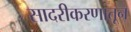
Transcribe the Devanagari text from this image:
सादरीकरणातून